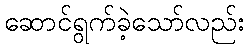
ဆောင်ရွက်ခဲ့သော်လည်း